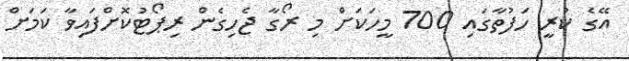
އޭގެ ކުރީ ހަފުތާގައި 700 މީހަކަށް މި ރޯގާ ޖެހިގެން ރިޕޯޓުކޮށްފައިވާ ކަމަށް